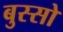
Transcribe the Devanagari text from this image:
बुस्सो